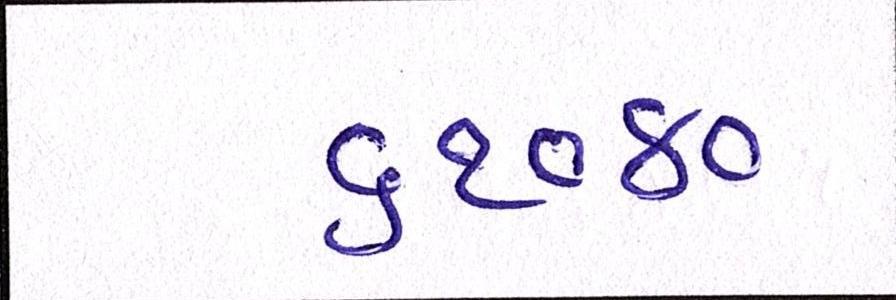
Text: ૬૧૦૪૦